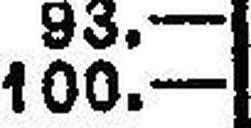
100.—